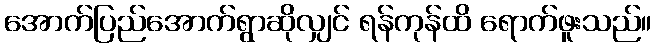
အောက်ပြည်အောက်ရွာဆိုလျှင် ရန်ကုန်ထိ ရောက်ဖူးသည်။